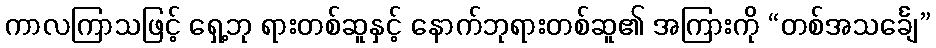
ကာလကြာသဖြင့် ရှေ့ဘု ရားတစ်ဆူနှင့် နောက်ဘုရားတစ်ဆူ၏ အကြားကို “တစ်အသင်္ချေ”